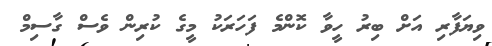
ވިޔަފާރި އަށް ބިރު ހީވާ ކޮންމެ ފަހަރަކު މީގެ ކުރިން ވެސް ގާސިމް